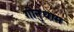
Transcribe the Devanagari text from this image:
गोनुधाम